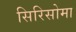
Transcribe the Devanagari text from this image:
सिरिसोमा